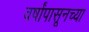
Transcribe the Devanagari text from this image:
वर्षांपासूनच्या